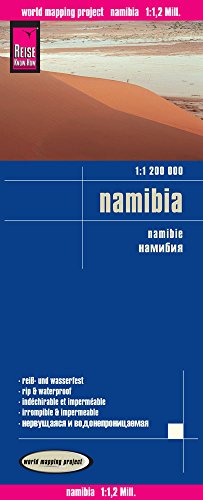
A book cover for Namibia; Reise Know-How Verlag; Travel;